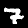
Label: 7